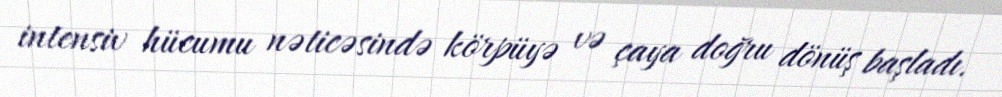
intensiv hücumu nəticəsində körpüyə və çaya doğru dönüş başladı.